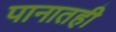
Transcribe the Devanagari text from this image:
पानातही